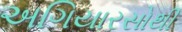
અગિયારસોથી